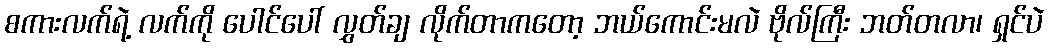
စကားလက်ရဲ့ လက်ကို ပေါင်ပေါ် လွှတ်ချ လိုက်တာကတော့ ဘယ်ကောင်းမလဲ ဗိုလ်ကြီး ဘတ်တလာ၊ ရှင်ပဲ